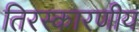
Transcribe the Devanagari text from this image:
तिरस्कारणीय